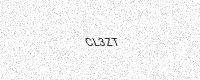
Text: CL3ZT